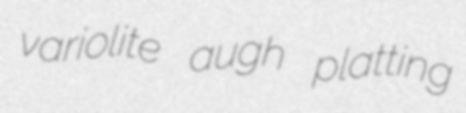
variolite augh platting